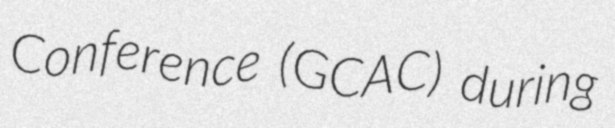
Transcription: Conference (GCAC) during